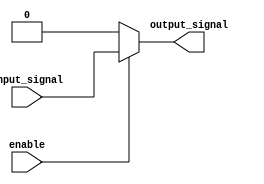
module buffer (
    input input_signal,
    input enable,
    output reg output_signal
);

always @(*) begin
    if(enable) begin
        output_signal = input_signal;
    end else begin
        output_signal = 0;
    end
end

endmodule